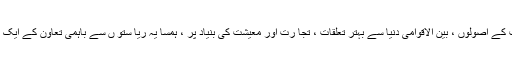
جس میں جمہوریت ، وفاقیت کے اصولوں ، بین الاقوامی دنیا سے بہتر تعلقات ، تجا رت اور معیشت کی بنیاد پر ، ہمسا یہ ریا ستو ں سے باہمی تعاون کے ایک نئے رشتے کا آغاز ہونا تھا۔